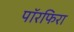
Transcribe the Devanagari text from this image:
पॉरफिरा